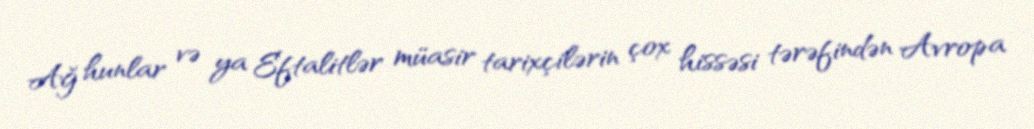
Ağ hunlar və ya Eftalitlər müasir tarixçilərin çox hissəsi tərəfindən Avropa